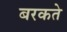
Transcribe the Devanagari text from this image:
बरकते